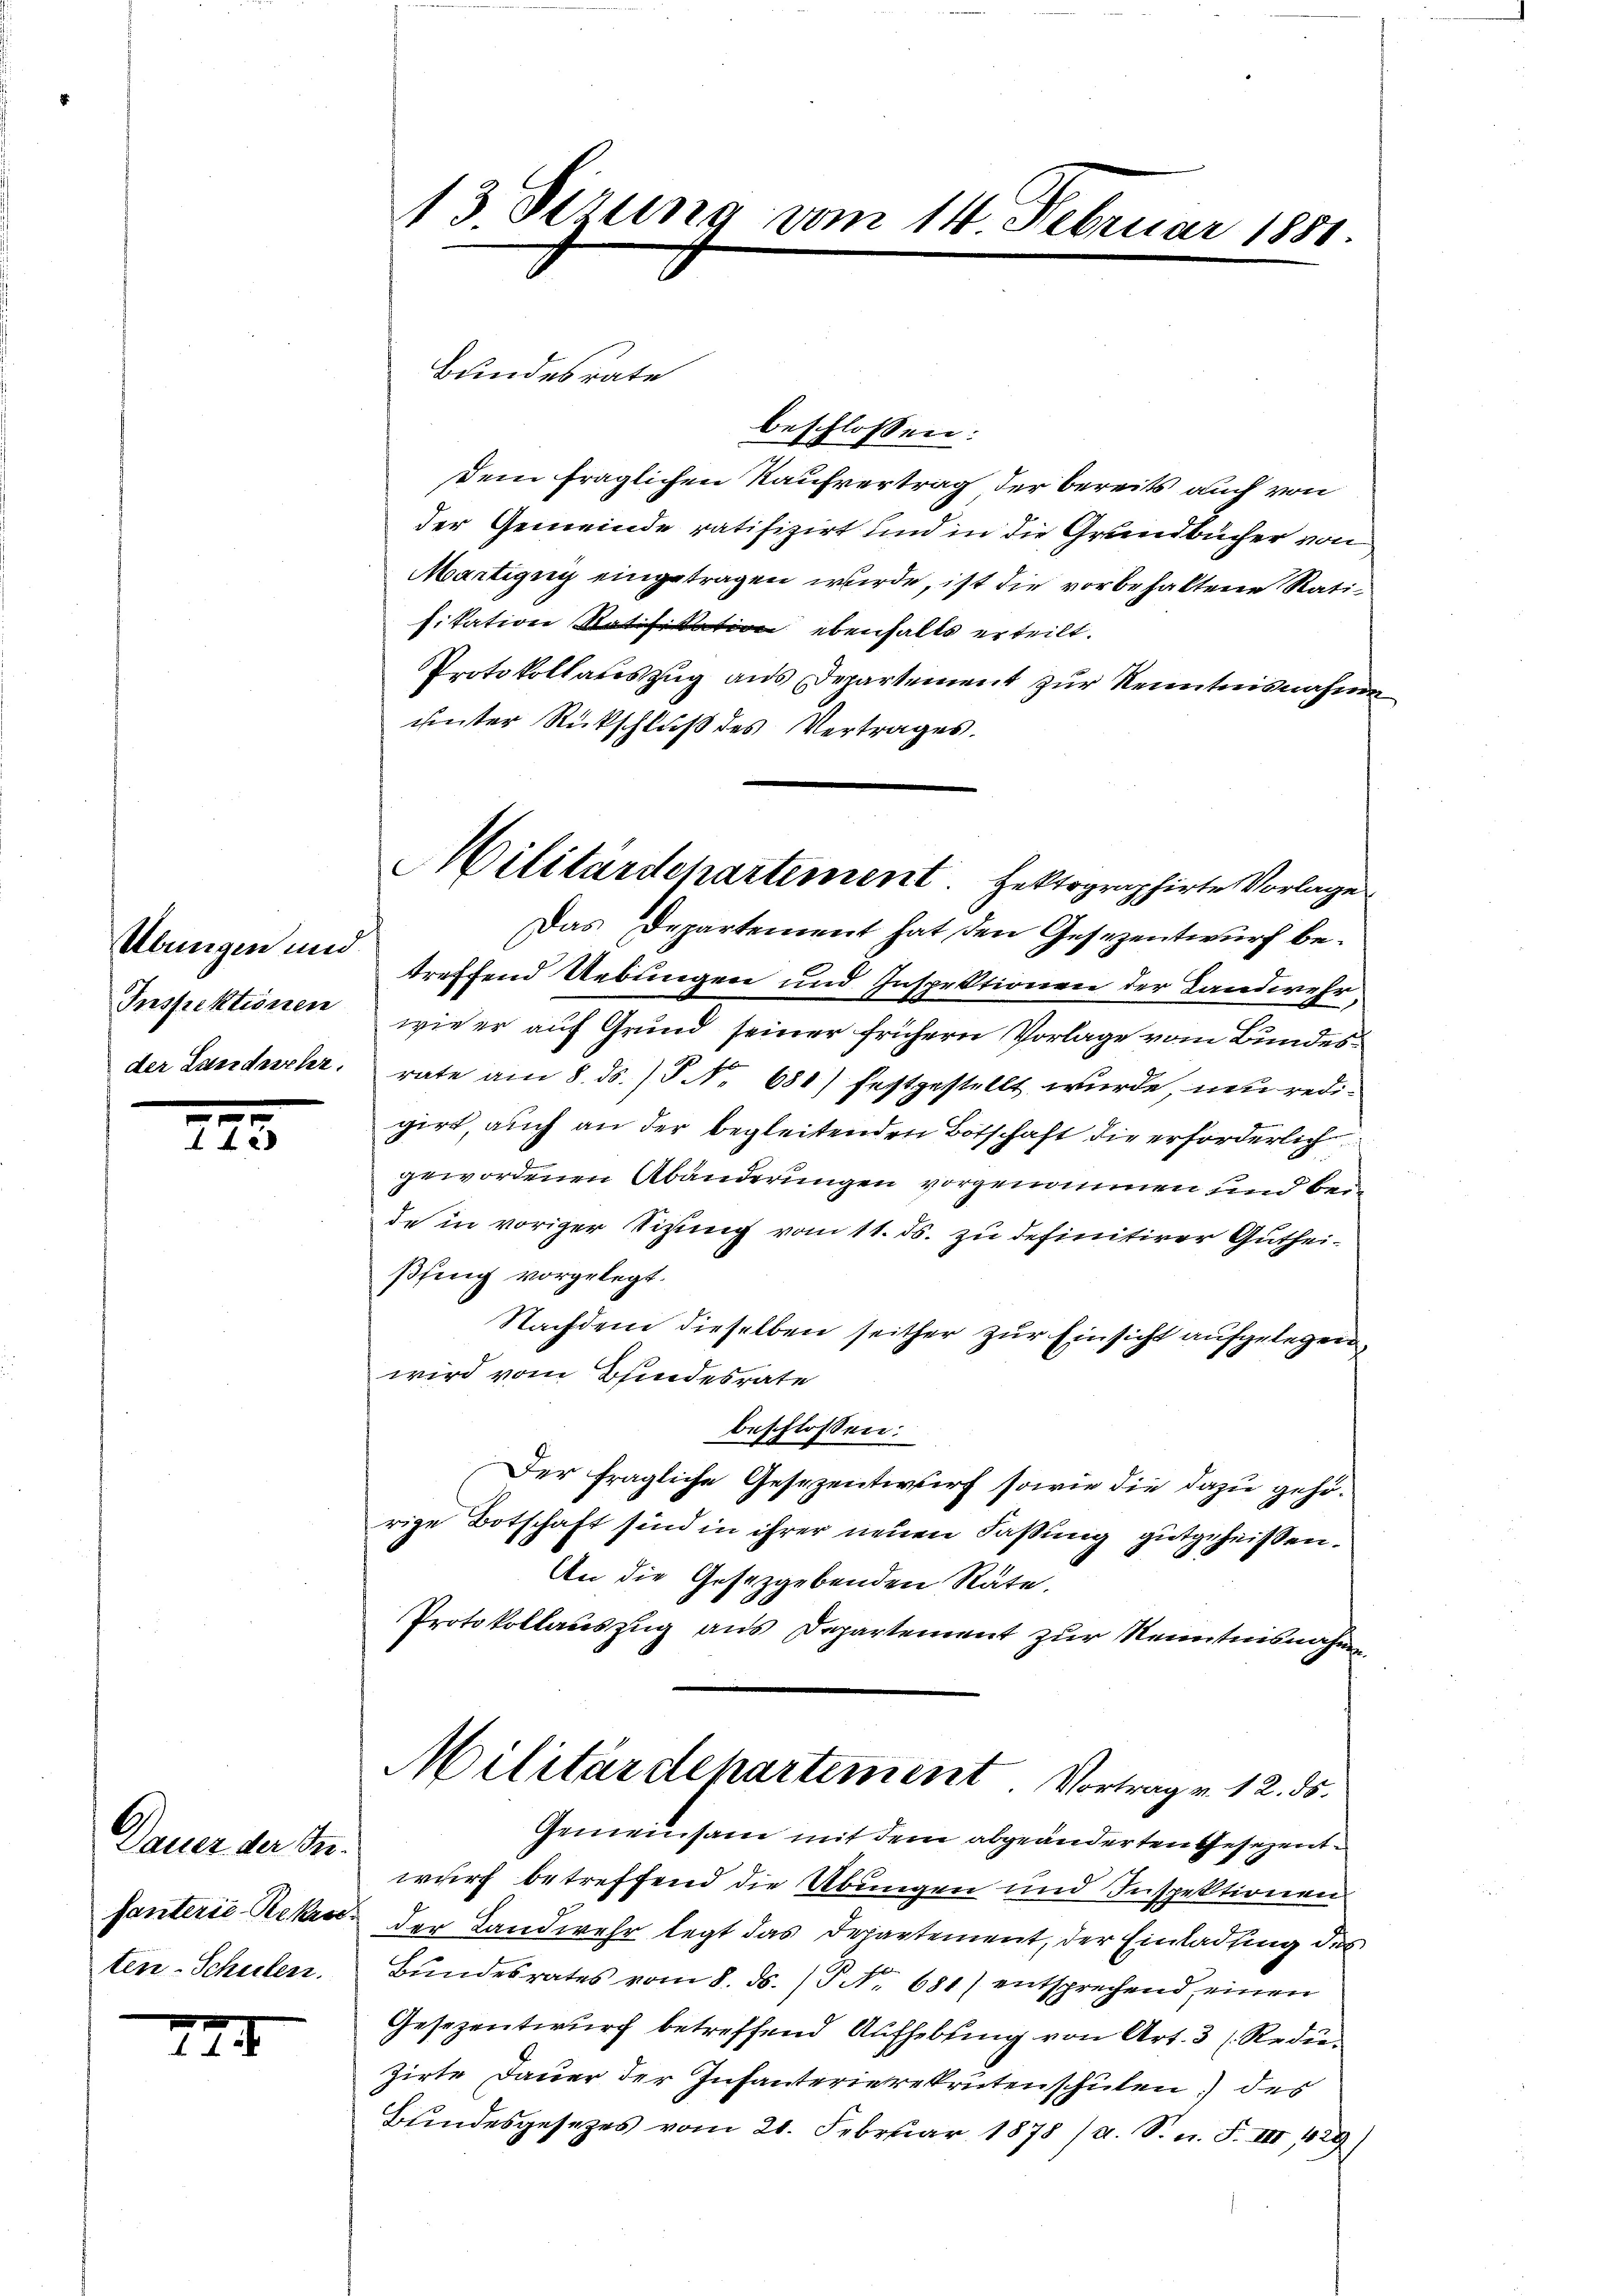
Übungen und
Inspektionen
der Landeschr.

Dauer der Befanterie-Reken.
ten-Schulen.

223.

2

13 derung vom 14. Februar 1881.

beschlossen:
Dem fraglichen Kaufvertrag der bereits auch von
der Gemeinde ratifizirt und in die Grundbücher von
Martigny eingetragen wurde, ist die vorbehaltene Ratisitation Ratifikation ebenfalls erteilt.
Protokollauszug aus Departement zur Kenntnisnahme
unter Rückschluß des Vertrages.
Das Departement hat den Gesezentwurf betreffend Uebungen und Inspektionen der Landwehr
wie er auf Grund seiner frühern Vorlage vom Bundesrate am 8. ds. (S. 681) festgestellt wurde, neu redigirt auch an der begleitenden Botschaft die erforderlich
gewordenen Abänderungen vorgenommen und bei
de in voriger Sitzung vom 11. ds. zu definitirer Gutheißfing vorgelegt.
Nachdem dieselben seither zur Einsicht aufgelegen.
wird vom Bundesrate
beschlossen:
Der fragliche Gesezentwurf sowie die dazu gehörige Botschaft sind in ihrer neuen Faßung gutgeheißen.
An die Gesetzgebenden Räte.
Protokollauszug aus Departement zur Kenntnisnahmen
Militärdepartement. Vortrag v. 12. ds.
Gemeinsam mit dem abgeänderten Gesezentwurf betreffend die Übungen und Inspektionen
der Landwehr legt das Departement, der Einladung des
Bundesrates vom 8. ds. (T No. 681) entsprechend einen
Gesezentwurf betreffend Aufhebung von Art. 3 (Reduzirte Dauer der Infanterierekrutenschulen des
Bundesgesetzes vom 21. Februar 1878 (a. S. n. F. III 429)

Bundesrate

Militärdepartement. Hektographirte Vorlage